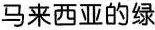
马来西亚的绿